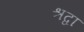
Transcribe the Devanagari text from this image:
श्रद्वा